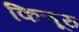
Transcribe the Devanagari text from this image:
कित्तूरु